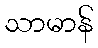
သာမာန်